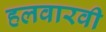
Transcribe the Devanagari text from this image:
हलवारवी